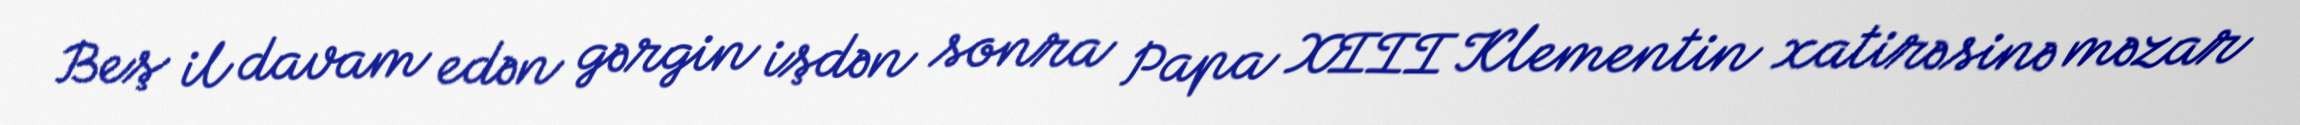
Beş il davam edən gərgin işdən sonra Papa XIII Klementin xatirəsinə məzar